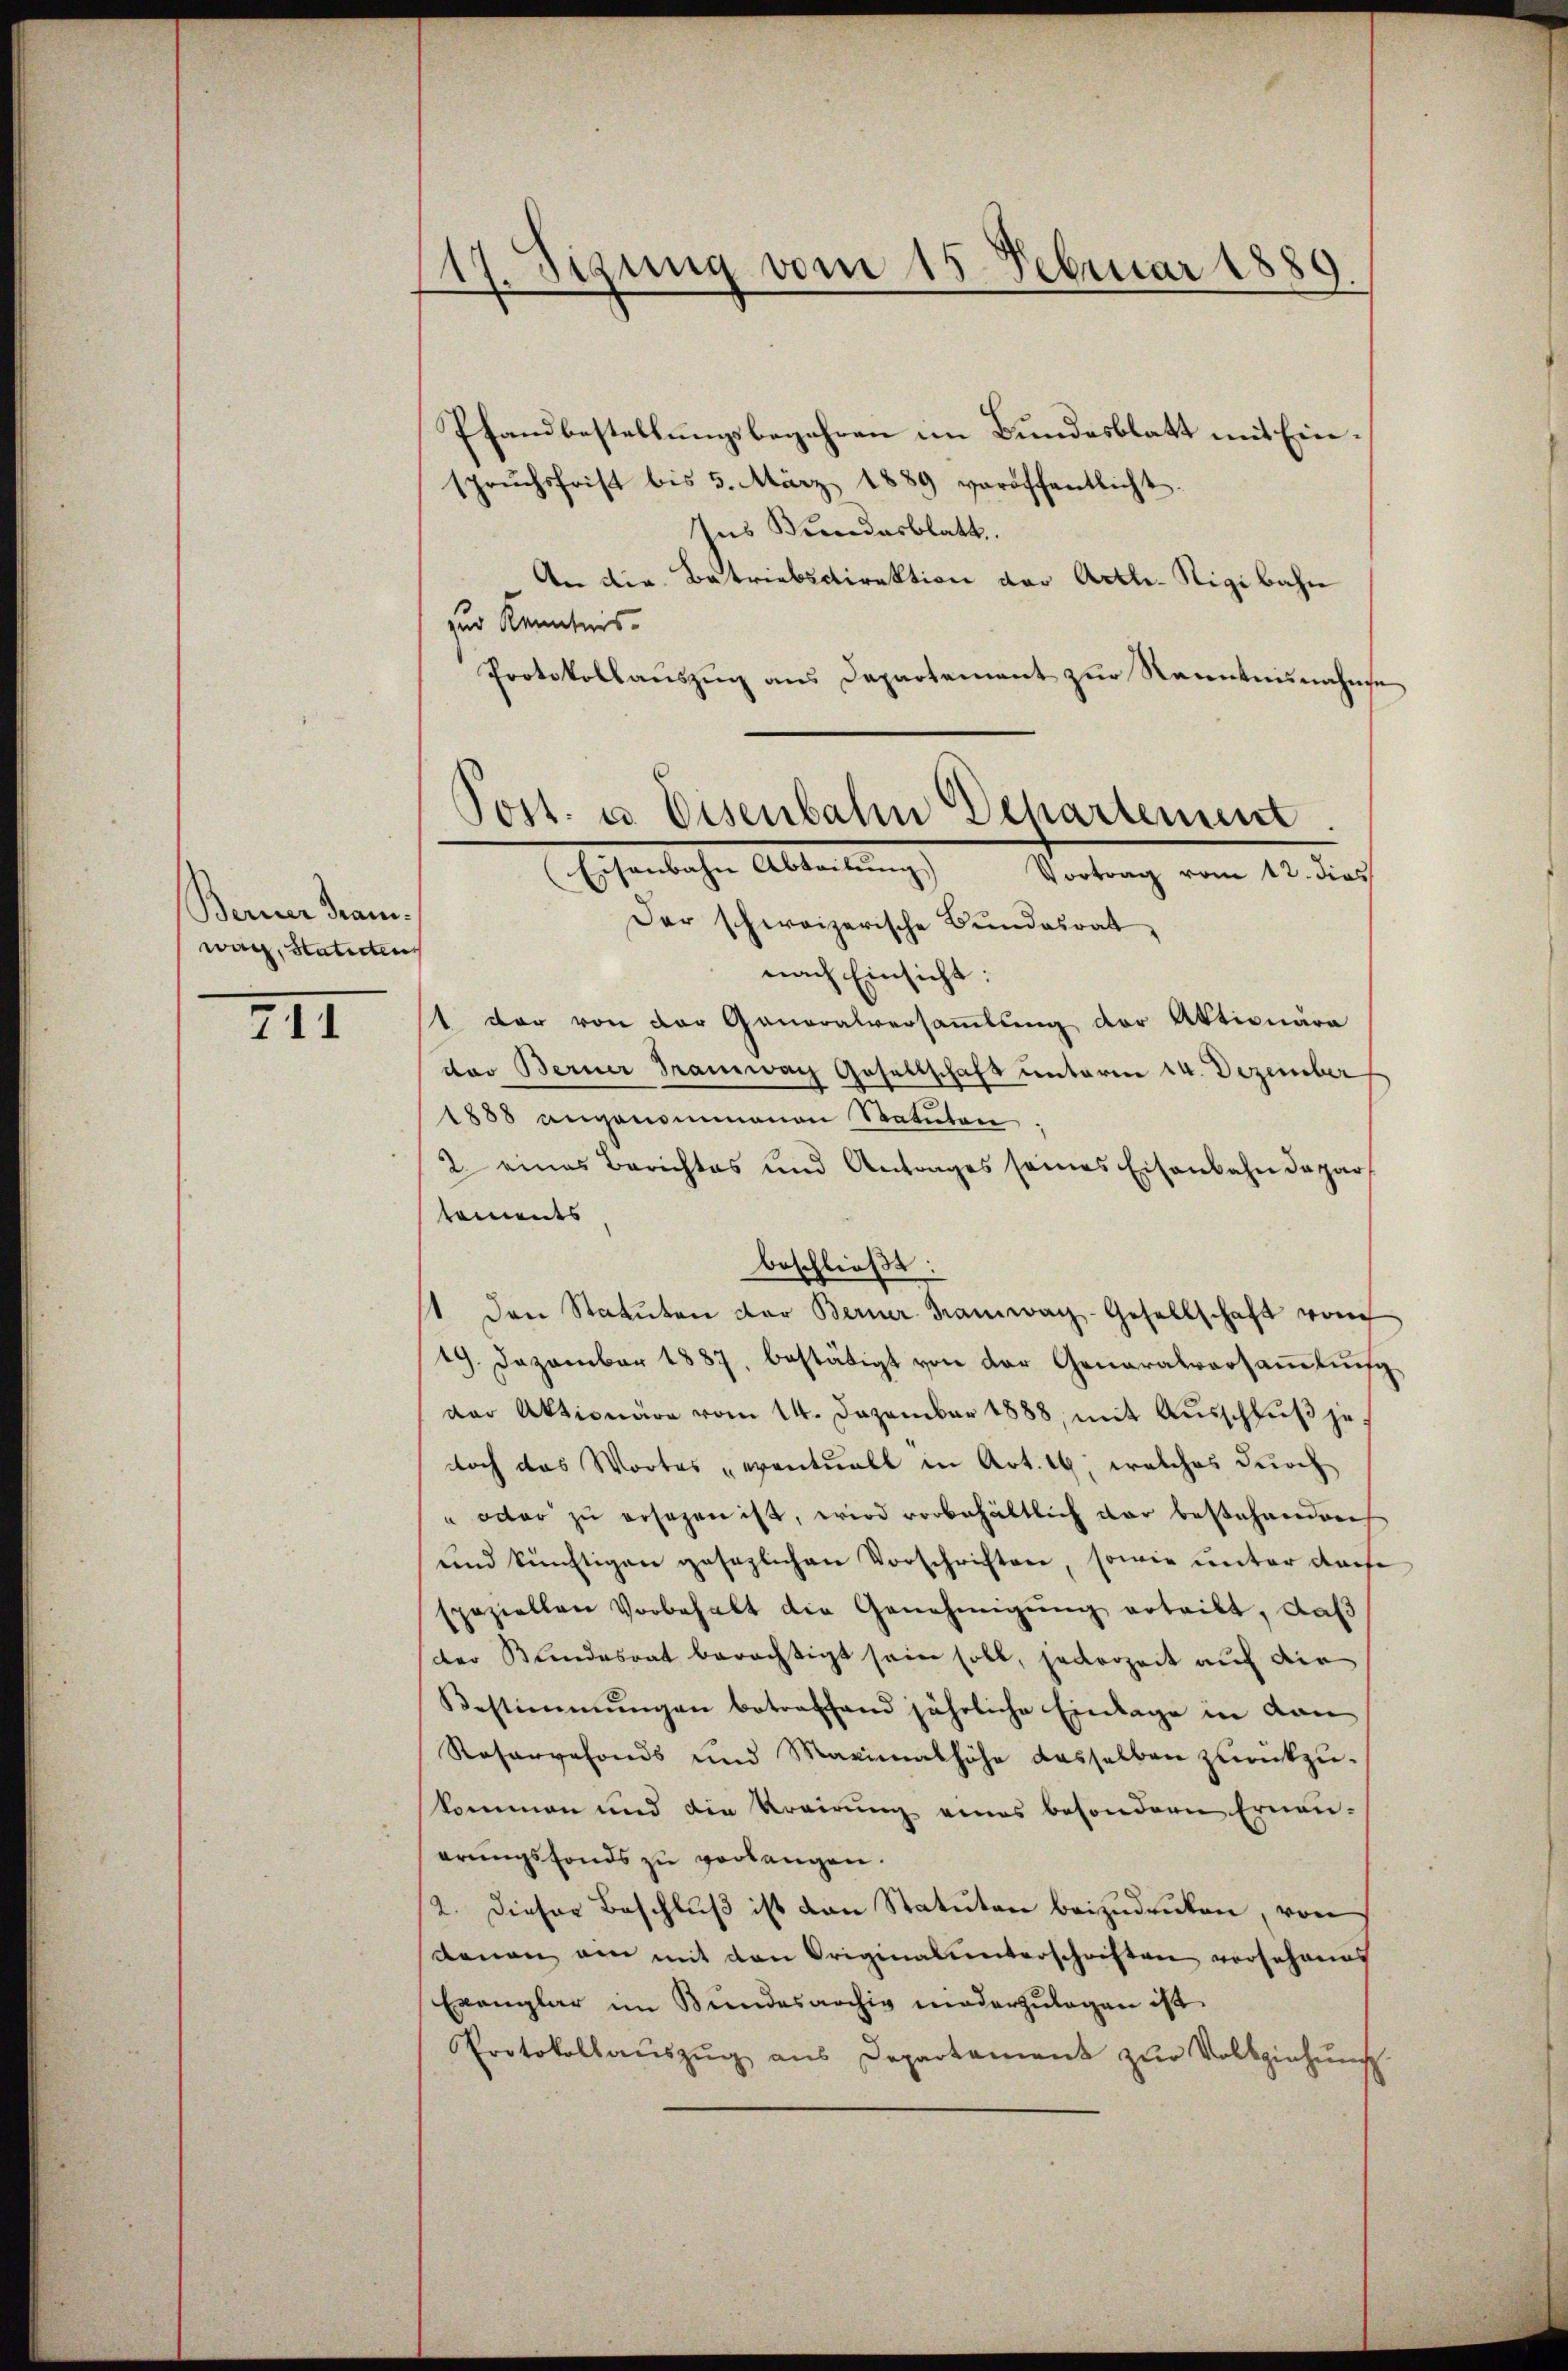
Berner Tram.
wach, Statuten

711

17. Sizung vom 15. Februar 1889

Pfandbestellungsbegehren im Bundesblatt mit Einsprŭchsfrist bis 5. März 1889 veröffentlicht.
Ins Bundesblatt,
An die Betriebsdirektion der Artle-Rigibahn
zur Kenntnis.
Protokollauszug aus Departement zur Kenntnisnahme
Der schweizerische Bundesrat
nach Einsicht:
1 der von der Ganoralversammlung der Aktionära
der Berner Tramwach Gesellschaft unterm 14. Dezember
1888 angenommenen Statuten.
2 eines Berichtes und Antrages seines Eisenbahndepar
taments
beschließt:
/ den Statuten der Berner Tramwag-Gesellschaft von
19. Dezember 1887, bestätigt von der Generalversaṁlŭng
der Aktionäre vom 14. Dezember 1888 mit Aŭsschlŭβ je
doch das Wortes eventuell in Art. 14, welches durch
" octor zŭ ersagen ist, wird vorbehältlich dar bestehenden
und künftigen gesezlichen Vorschriften, sowie unter dache
speziellen Vorbehalt die Genehmigŭng erteilt, daβ
der Bundesrat berechtigt sein soll, jederzeit auf die
Bestimmungen betreffend jährliche Einlage in von
Reservefonds und Maximalhöhe dasselben zurückzu-
kommen und die Krairŭng eines besondern Ernen-
erungsfonds zu verlangen.
2. Dieser Beschluß ist dann Statuten beizudrucken, von
stenen am mit den Originalunterschriften vorsehenes
Exemplar im Bundesarchiv niederzulagen ist.
Protokollaŭszŭg ans Departament zŭr Vollziehŭng

Post. u. Eisenbahn Departement
Eisenbachen Abteilung
Vortrag vom 12. dies